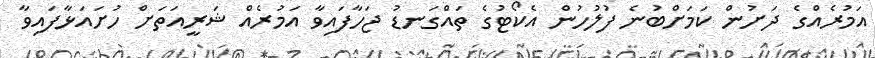
އަމުރެއްގެ ދަށުން ކަމަށްބުނެ ފުލުހުން އެކޯޓުގެ ތައްގަނޑު ޖަހާފައިވާ އަމުރެއް ޝަރީއަތަށް ހުށައަޅާފައިވާ